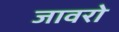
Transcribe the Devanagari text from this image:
जावरो